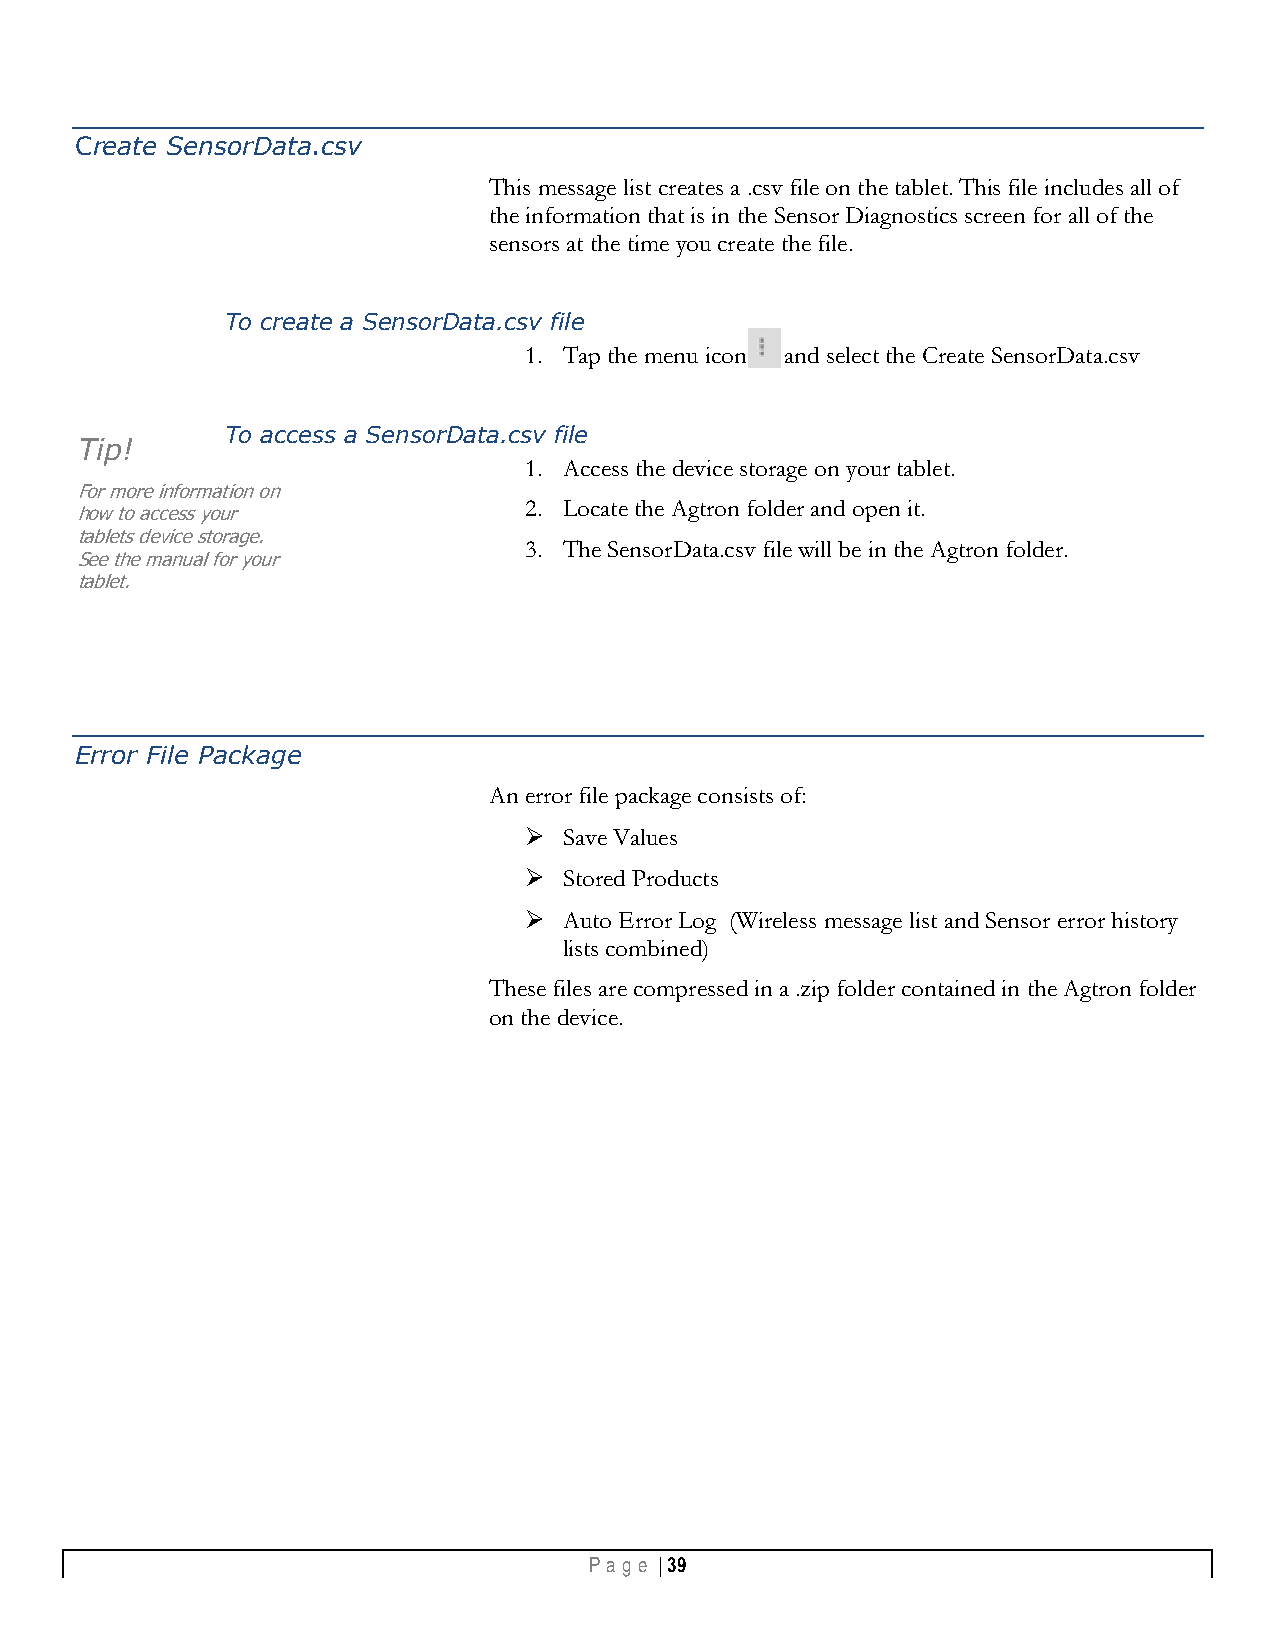
Create SensorData.csv
 This message list creates a .csv file on the tablet. This file includes all of
 the information that is in the Sensor Diagnostics screen for all of the
 sensors at the time you create the file.
 To create a SensorData.csv file
 1. Tap the menu icon and select the Create SensorData.csv
 To access a SensorData.csv file
 Tip!
 1. Access the device storage on your tablet.
 For more information on
 2. Locate the Agtron folder and open it.
 how to access your
 tablets device storage.
 3. The SensorData.csv file will be in the Agtron folder.
 See the manual for your
 tablet.
 Error File Package
 An error file package consists of:
  Save Values
  Stored Products
  Auto Error Log (Wireless message list and Sensor error history
 lists combined)
 These files are compressed in a .zip folder contained in the Agtron folder
 on the device.
 Pa g e | 39